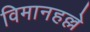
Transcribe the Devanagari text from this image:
विमानहल्ले